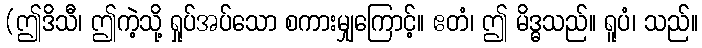
(ဤဒိသီ၊ ဤကဲ့သို့ ရှုပ်အပ်သော စကားမျှကြောင့်။ ဧတံ၊ ဤ မိဒ္ဓသည်။ ရူပံ၊ သည်။